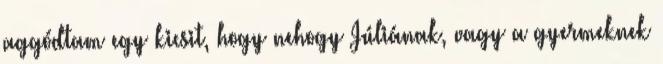
aggódtam egy kicsit, hogy nehogy Júliának, vagy a gyermeknek